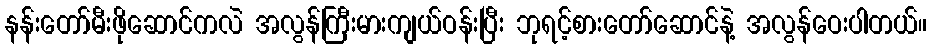
နန်းတော်မီးဖိုဆောင်ကလဲ အလွန်ကြီးမားကျယ်ဝန်းပြီး ဘုရင့်စားတော်ဆောင်နဲ့ အလွန်ဝေးပါတယ်။